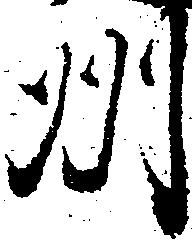
州